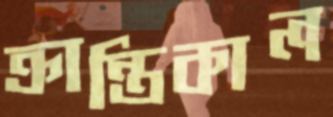
ক্রান্তিকাল